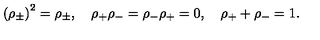
\left( \rho _ { \pm } \right) ^ { 2 } = \rho _ { \pm } , \quad \rho _ { + } \rho _ { - } = \rho _ { - } \rho _ { + } = 0 , \quad \rho _ { + } + \rho _ { - } = 1 .